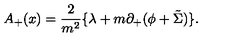
A _ { + } ( x ) = \frac { 2 } { m ^ { 2 } } \{ { \lambda } + m { \partial } _ { + } ( { \phi } + \tilde { \Sigma } ) \} .